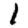
Digit: 1